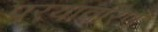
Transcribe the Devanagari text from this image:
परयावरिण